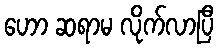
ဟော ဆရာမ လိုက်လာပြီ